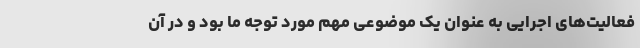
فعالیت‌های اجرایی به عنوان یک موضوعی مهم مورد توجه ما بود و در آن